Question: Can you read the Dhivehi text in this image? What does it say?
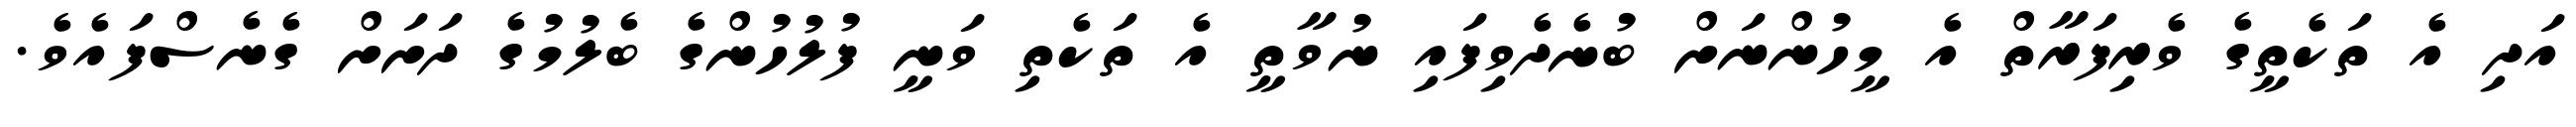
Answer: އަދި އެ ތަކެތީގެ ވެރިފަރާތް އެ މީހުންނަށް ބުނެދެވިފައި ނުވާތީ އެ ތަކެތި ވަނީ ފުލުހުންގެ ބެލުމުގެ ދަށަށް ގެނެސްފައެވެ.